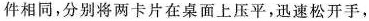
件相同，分别将两卡片在桌面上压平，迅速松开手，